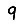
Digit: 9